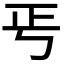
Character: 𭭘